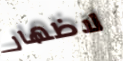
لاظهار